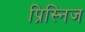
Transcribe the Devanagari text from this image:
प्रिस्निज